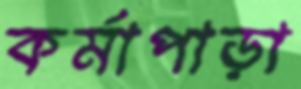
কর্মাপাড়া